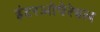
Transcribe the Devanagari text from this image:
इंटरओपेरेबल